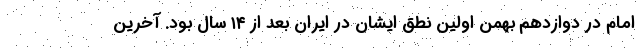
امام در دوازدهم بهمن اولین نطق ایشان در ایران بعد از ۱۴ سال بود. آخرین